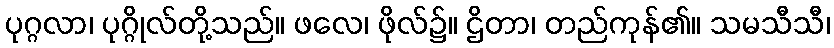
ပုဂ္ဂလာ၊ ပုဂ္ဂိုလ်တို့သည်။ ဖလေ၊ ဖိုလ်၌။ ဌိတာ၊ တည်ကုန်၏။ သမသီသီ၊